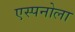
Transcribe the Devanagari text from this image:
एस्पनोला